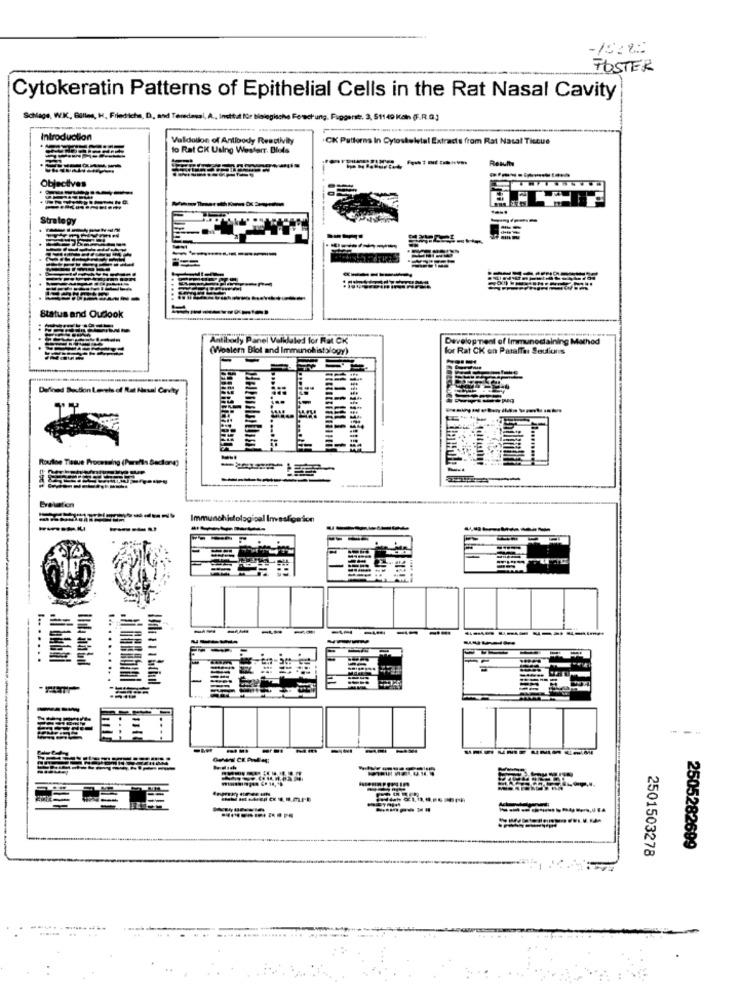
-15222
FOSTER
Cytokeratin Patterns of Epithelial Cells in the Rat Nasal Cavity
Schlage, W.K ., Billes, H, Filedicha, D ., and Terecessi, A ., Institut für biologische Forschung. Fuggente. 3, 51149 Kan (F.R.O.)
Introduction
Validation of Antibody Reactivity
CK Patterns In Cytoskeletal Extracts from Rat Nasal Ticeue
lo Rat CK Using Westerr. Blods
------
Results
Objectives
-
Strategy
Status and Oudook
Antibody Panel Valklaled for Rat CK
Development of Immunostaining Mathod
(Western Blot and Immunohistology)
for Rat CK on Patalfa: Seuluns
Defined Section Levels of Rat Nasal Cavity
Routhe Tissue Processing (Pareils Sectore)
-
Evelation
----
-----
--
--
-
-
-----
-----------
--------.
2501503278
2505282699